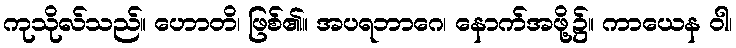
ကုသိုလ်သည်။ ဟောတိ၊ ဖြစ်၏။ အပရဘာဂေ၊ နောက်အဖို့၌။ ကာယေန ဝါ၊